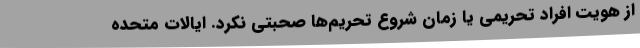
از هویت افراد تحریمی یا زمان شروع تحریم‌ها صحبتی نکرد. ایالات متحده